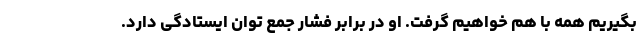
بگیریم همه با هم خواهیم گرفت. او در برابر فشار جمع توان ایستادگی دارد.